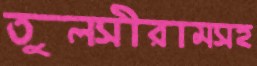
তুলসীরামসহ